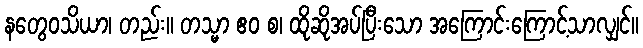
နတွေဝသိယာ၊ တည်း။ တသ္မာ ဧဝ စ၊ ထိုဆိုအပ်ပြီးသော အကြောင်းကြောင့်သာလျှင်။